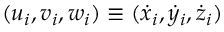
( u _ { i } , v _ { i } , w _ { i } ) \equiv ( \dot { x } _ { i } , \dot { y } _ { i } , \dot { z } _ { i } )